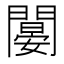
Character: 𨶁